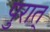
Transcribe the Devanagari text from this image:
पुरात्